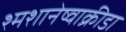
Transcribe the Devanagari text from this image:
श्मशानेष्वाक्रीडा